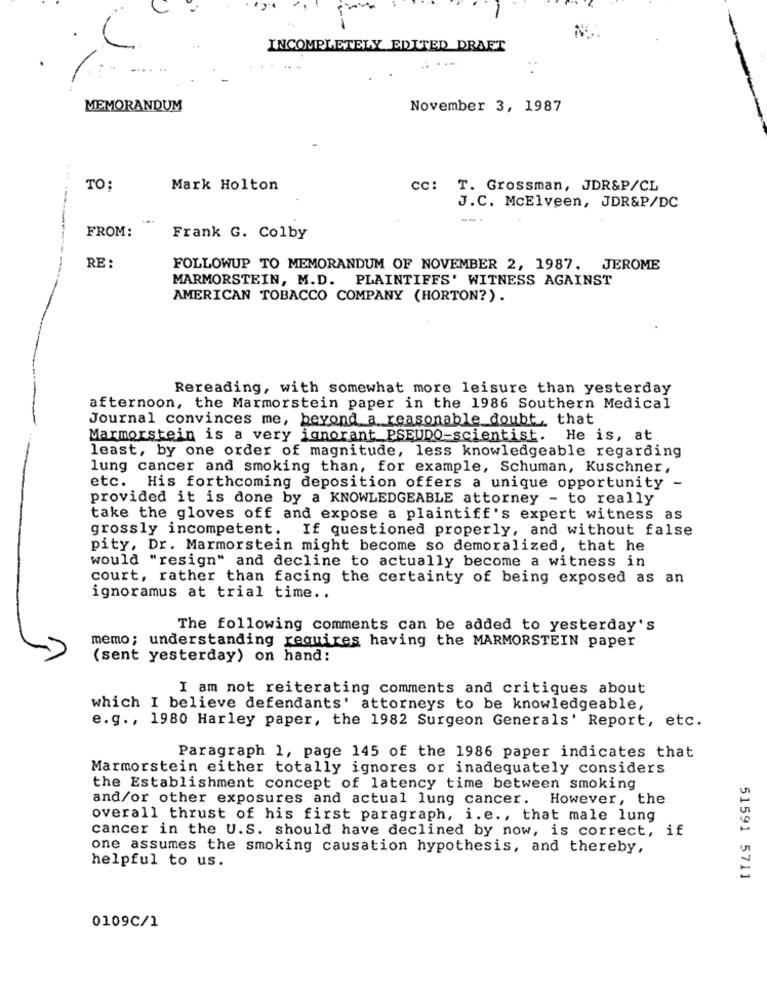
INCOMPLETELY EDITED DRAET
.....
MEMORANDUM
November 3, 1987
TO:
Mark Holton
cc: T. Grossman, JDR&P/CL
J.C. McElveen, JDR&P/DC
FROM:
Frank G. Colby
RE:
FOLLOWUP TO MEMORANDUM OF NOVEMBER 2, 1987. JEROME
MARMORSTEIN, M.D. PLAINTIFFS' WITNESS AGAINST
AMERICAN TOBACCO COMPANY (HORTON?).
Rereading, with somewhat more leisure than yesterday
afternoon, the Marmorstein paper in the 1986 Southern Medical
Journal convinces me, beyond a reasonable doubt that
Marmorstein is a very ignorant PSEUDO-scientist. He is, at
least, by one order of magnitude, less knowledgeable regarding
lung cancer and smoking than, for example, Schuman, Kuschner,
etc. His forthcoming deposition offers a unique opportunity -
provided it is done by a KNOWLEDGEABLE attorney - to really
take the gloves off and expose a plaintiff's expert witness as
grossly incompetent. If questioned properly, and without false
pity, Dr. Marmorstein might become so demoralized, that he
would "resign" and decline to actually become a witness in
court, rather than facing the certainty of being exposed as an
ignoramus at trial time ..
The following comments can be added to yesterday's
memo; understanding requires having the MARMORSTEIN paper
(sent yesterday) on hand:
I am not reiterating comments and critiques about
which I believe defendants' attorneys to be knowledgeable,
e.g ., 1980 Harley paper, the 1982 Surgeon Generals' Report, etc.
Paragraph 1, page 145 of the 1986 paper indicates that
Marmorstein either totally ignores or inadequately considers
the Establishment concept of latency time between smoking
and/or other exposures and actual lung cancer. However, the
overall thrust of his first paragraph, i.e ., that male lung
cancer in the U.S. should have declined by now, is correct, if
one assumes the smoking causation hypothesis, and thereby,
helpful to us.
51591 5711
0109C/1